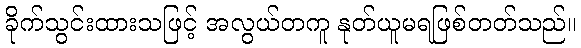
ခိုက်သွင်းထားသဖြင့် အလွယ်တကူ နုတ်ယူမရဖြစ်တတ်သည်။